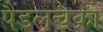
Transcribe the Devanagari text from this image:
पैंडलचक्रों